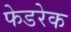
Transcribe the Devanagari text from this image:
फेडरेक